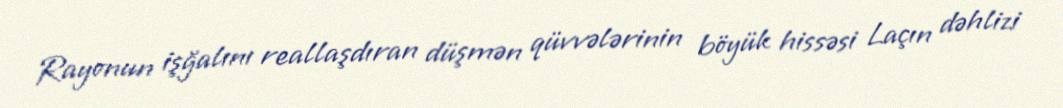
Rayonun işğalını reallaşdıran düşmən qüvvələrinin böyük hissəsi Laçın dəhlizi